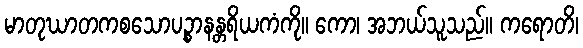
မာတုဃာတကစသောပဉ္စာနန္တရိယကံကို။ ကော၊ အဘယ်သူသည်။ ကရောတိ၊